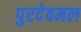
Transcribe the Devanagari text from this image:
पुरदेवमल